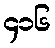
၄၁၆